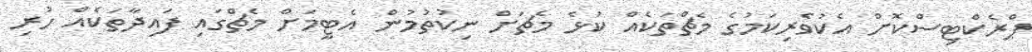
ޕްރެކްޓިސްކޮށް އެކުވެރިކަމުގެ މެޗްތަކެއް ކުޅެ މެޗަށް ނިކުތުމުން އެޓީމަށް މެޗްގައި ފައިދާތަކެއް ހުރި